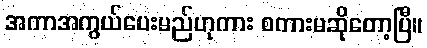
အကာအကွယ်ပေးမည်ဟုကား စကားမဆိုတော့ပြီ။